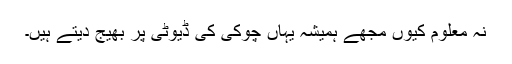
نہ معلوم کیوں مجھے ہمیشہ یہاں چوکی کی ڈیوٹی پر بھیج دیتے ہیں۔